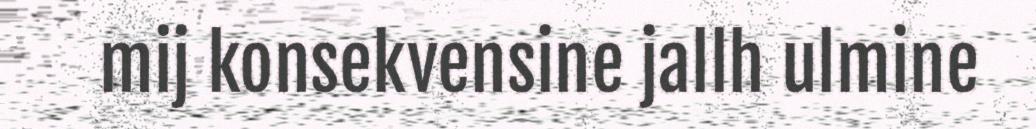
mij konsekvensine jallh ulmine